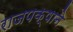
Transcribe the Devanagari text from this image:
राजपक्षाने